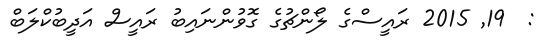
:  19